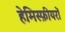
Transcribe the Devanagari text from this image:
हेमिस्फ़ीयरों